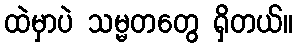
ထဲမှာပဲ သမ္မတတွေ ရှိတယ်။